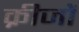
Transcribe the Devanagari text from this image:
क्रीजों